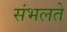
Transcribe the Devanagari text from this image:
संभलते